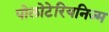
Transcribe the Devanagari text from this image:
पोलोटेरियनिज्म